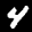
Label: 4